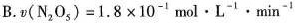
B.$$v(N_{2}O_{5})=1.08\times 10^{-1}mol\cdot L^{-1}\cdot \min^{-1}$$